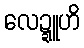
လေဍ္ဍူဟိ